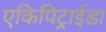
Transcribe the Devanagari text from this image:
एकिपिट्राईडा